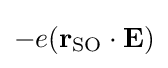
-e(\mathbf {r} _{\text{SO}}\cdot \mathbf {E} )